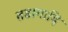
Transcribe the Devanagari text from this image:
तडागादि